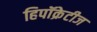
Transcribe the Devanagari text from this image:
हिपॉक्रेटीज